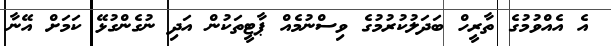
އެ އެއްވުމުގެ ތާރީހް ބަދަލުކުރުމުގެ ވިސްނުމެއް ޕާޓީތަކުން އަދި ނުގެންގުޅޭ ކަމަށް އޭނާ